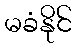
မခံနိုင်